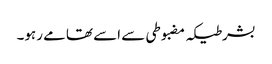
بشرطیکہ مضبوطی سے اسے تھامے رہو۔